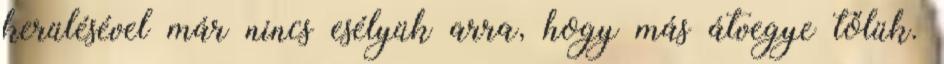
kerülésével már nincs esélyük arra, hogy más átvegye tőlük.